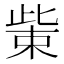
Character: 𭪿